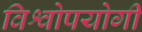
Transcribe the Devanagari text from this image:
विश्वोपयोगी